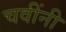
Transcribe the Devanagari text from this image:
चवींनी